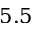
5 . 5